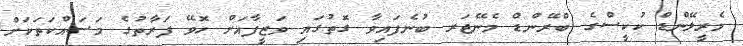
މެރީލޭންޑް ކުކީސްގެ ބްރޭންޑް މެނޭޖަރ ބުނެފައިވާ ގޮތުގައި ވަޒީފާއަށް ހޮވޭ ފަރާތުގެ މަސައްކަތަކަށް